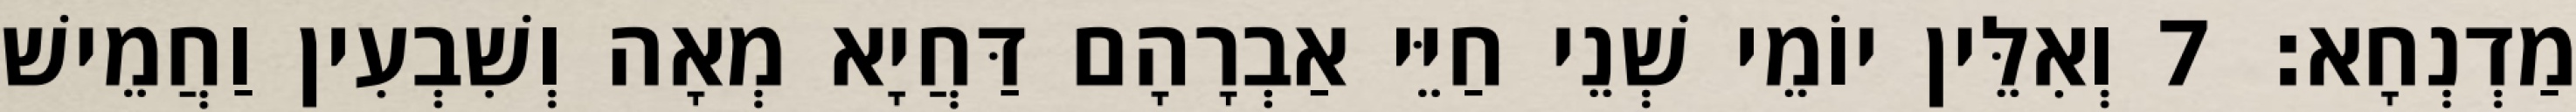
מַדְנְחָא׃ 7 וְאִלֵּין יוֹמֵי שְׁנֵי חַיֵּי אַבְרָהָם דַּחֲיָא מְאָה וְשִׁבְעִין וַחֲמֵישׁ